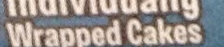
Warpped Cakes